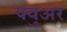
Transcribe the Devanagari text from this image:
फ्युअर